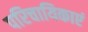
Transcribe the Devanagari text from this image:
परिचायिकाएं